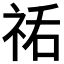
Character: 𰧼